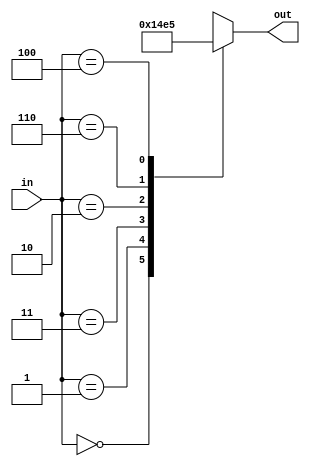
// ===========================================================================
//
//                              FORTH-ICS / CARV
//
//      Licensed under the TAPR Open Hardware License (www.tapr.org/NCL)
//                           Copyright (c) 2010-2012
//
//
// ==========================[ Static Information ]===========================
//
// Abstract      : Custom 6-bit gray-like code encoder/decoder
//
// =============================[ CVS Variables ]=============================
//
// CVS revision  : $Revision: 1.3 $
// Last author   : $Author: lyberis $
//
// ===========================================================================

`timescale 1ns/1ps


(* ram_style = "distributed" *)
module gray6_to_binary (
  input      [2:0] in,
  output reg [2:0] out
);

  always @(in) begin 
    case (in) 
      3'b000  : out = 3'b000;
      3'b001  : out = 3'b001;
      3'b011  : out = 3'b010;
      3'b010  : out = 3'b011;
      3'b110  : out = 3'b100;
      3'b100  : out = 3'b101;
      default : out = 3'bx;
    endcase
  end

endmodule


(* ram_style = "distributed" *)
module binary_to_gray6 (
  input      [2:0] in,
  output reg [2:0] out
);

  always @(in) begin
    case (in) 
      3'b000  : out = 3'b000;
      3'b001  : out = 3'b001;
      3'b010  : out = 3'b011;
      3'b011  : out = 3'b010;
      3'b100  : out = 3'b110;
      3'b101  : out = 3'b100;
      default : out = 3'bx;
    endcase
  end

endmodule